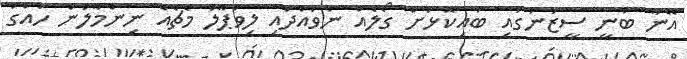
އޭނާ ބުނީ ސީޒަނުގައި ބައިކޮޅަށް ގޯލެއް ނުވައްދައި ލިވަޕޫލް މެޗެއް ނިންމާލަން ހައްގު